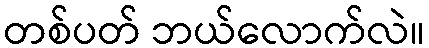
တစ်ပတ် ဘယ်လောက်လဲ။